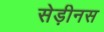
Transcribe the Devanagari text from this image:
सेड़ीनस